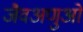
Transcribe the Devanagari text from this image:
जैवअणुओं